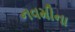
નવમીના